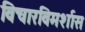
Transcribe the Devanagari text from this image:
विचारविमर्शास